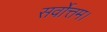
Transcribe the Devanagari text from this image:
सर्वोत्तम।